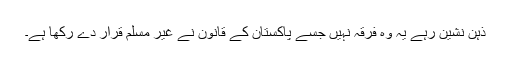
ذہن نشین رہے یہ وہ فرقہ نہیں جسے پاکستان کے قانون نے غیر مسلم قرار دے رکھا ہے۔